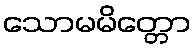
သောမမိတ္တော